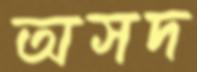
অসদ